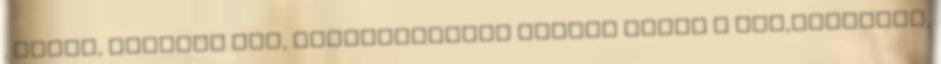
. Gemma, olaszos név, elgondolkodva mértem végig a nőt,igazából,